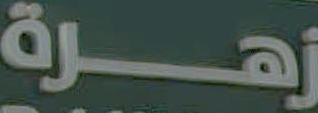
زهرة